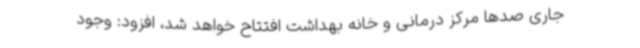
جاری صدها مرکز درمانی و خانه بهداشت افتتاح خواهد شد، افزود: وجود